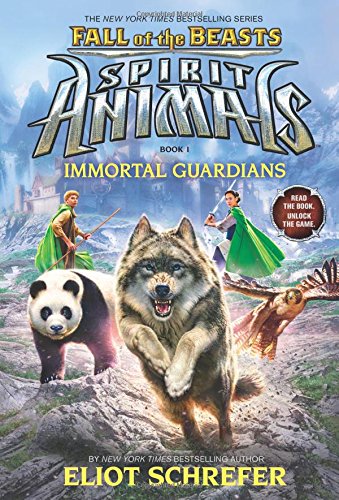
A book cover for Immortal Guardians (Spirit Animals: Fall of the Beasts, Book 1); Eliot Schrefer; Children's Books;